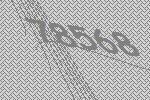
78568